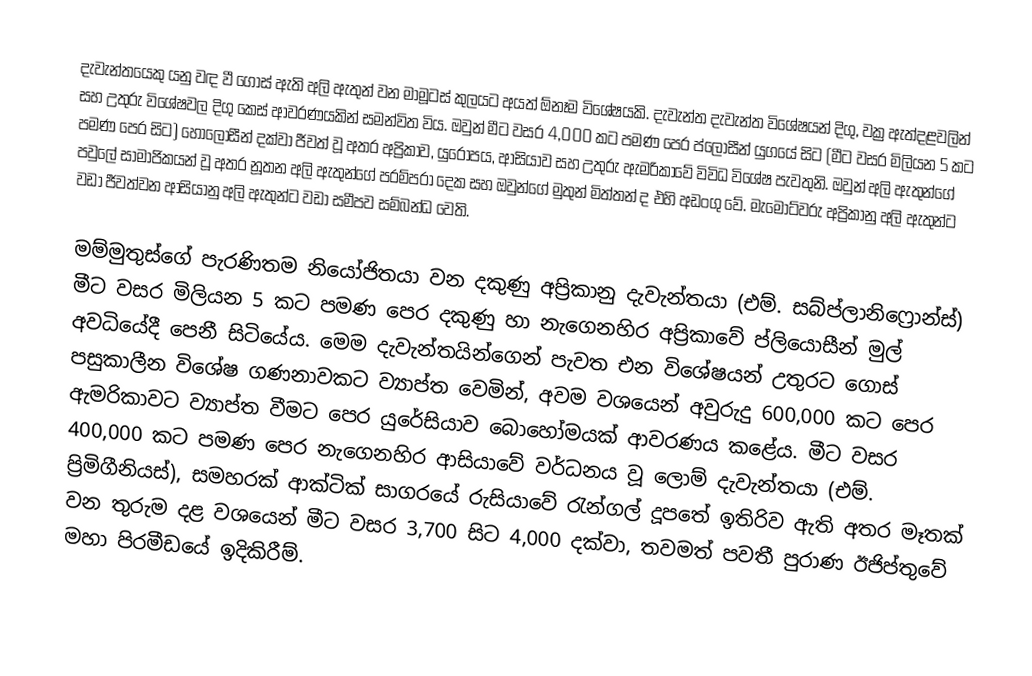
දැවැන්තයෙකු යනු වඳ වී ගොස් ඇති අලි ඇතුන් වන මාමූටස් කුලයට අයත් ඕනෑම විශේෂයකි. දැවැන්ත දැවැන්ත විශේෂයන් දිගු, වක්‍ර ඇත්දළවලින් සහ උතුරු විශේෂවල දිගු කෙස් ආවරණයකින් සමන්විත විය. ඔවුන් මීට වසර 4,000 කට පමණ පෙර ප්ලොසීන් යුගයේ සිට (මීට වසර මිලියන 5 කට පමණ පෙර සිට) හොලොසීන් දක්වා ජීවත් වූ අතර අප්‍රිකාව, යුරෝපය, ආසියාව සහ උතුරු ඇමරිකාවේ විවිධ විශේෂ පැවතුනි. ඔවුන් අලි ඇතුන්ගේ පවුලේ සාමාජිකයන් වූ අතර නූතන අලි ඇතුන්ගේ පරම්පරා දෙක සහ ඔවුන්ගේ මුතුන් මිත්තන් ද එහි අඩංගු වේ. මැමොට්වරු අප්‍රිකානු අලි ඇතුන්ට වඩා ජීවත්වන ආසියානු අලි ඇතුන්ට වඩා සමීපව සම්බන්ධ වෙති.

මම්මුතුස්ගේ පැරණිතම නියෝජිතයා වන දකුණු අප්‍රිකානු දැවැන්තයා (එම්. සබ්ප්ලානිෆ්‍රොන්ස්) මීට වසර මිලියන 5 කට පමණ පෙර දකුණු හා නැගෙනහිර අප්‍රිකාවේ ප්ලියොසීන් මුල් අවධියේදී පෙනී සිටියේය. මෙම දැවැන්තයින්ගෙන් පැවත එන විශේෂයන් උතුරට ගොස් පසුකාලීන විශේෂ ගණනාවකට ව්‍යාප්ත වෙමින්, අවම වශයෙන් අවුරුදු 600,000 කට පෙර ඇමරිකාවට ව්‍යාප්ත වීමට පෙර යුරේසියාව බොහෝමයක් ආවරණය කළේය. මීට වසර 400,000 කට පමණ පෙර නැගෙනහිර ආසියාවේ වර්ධනය වූ ලොම් දැවැන්තයා (එම්. ප්‍රිමිගීනියස්), සමහරක් ආක්ටික් සාගරයේ රුසියාවේ රැන්ගල් දූපතේ ඉතිරිව ඇති අතර මෑතක් වන තුරුම දළ වශයෙන් මීට වසර 3,700 සිට 4,000 දක්වා, තවමත් පවතී පුරාණ ඊජිප්තුවේ මහා පිරමීඩයේ ඉදිකිරීම්.